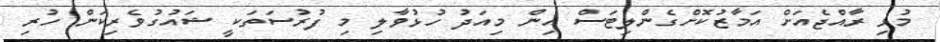
މުޅި ރާއްޖެއަށް އަމާޒުކޮށްގެންލިޓަސް އިން މިއަދު ހުޅުވާލި މި ފުރުސަތަކީ ޝައުގުވެރިކަން ހުރި